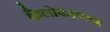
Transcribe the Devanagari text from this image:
कैलोफाइलम